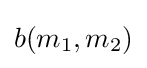
b(m_{1},m_{2})